Report on the working of the Ranchi Indian Mental Hospital, Kanke, in Bihar and Orissa - 1930-1940
Year: 1930
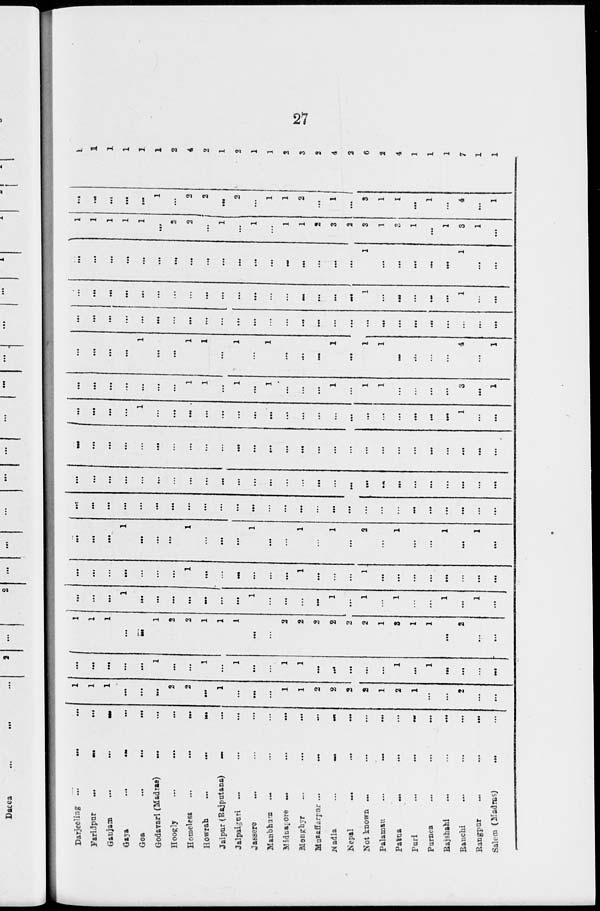
27
Darjeeling ...
...
...
Faridpur
...
...
...
Ganjam
...
...
...
Gaya
...
... ...
Goa
...
...
...
Godavari (Madras) ... ...
Hoogly ... ... ...
Homeless
...
...
...
Howrah
...
...
...
Jaipur (Rajputana) ... ...
Jalpaiguri ... ... ...
Jassere ... ... ...
Manbhum ... ... ...
Midnapore ...
...
...
Monghyr
...
...
...
Muzaffarpur
...
...
...
Nadla
...
...
...
Nepal
...
...
...
Not known ... ... ...
Palamau
...
...
...
Patna
... ... ...
Puri
...
...
...
Purnea ... ... ...
Rajshahi
...
...
...
Ranchi ... ... ...
Rangpur
...
...
...
Salem (Madras) ... ...
1
1
1
...
...
...
2
2
...
1
...
...
...
1
1
2
2
2
2
1
2
1
...
...
2
...
...
...
...
...
...
...
1
...
...
1
...
1
...
...
1
1
...
...
...
...
...
1
...
1
...
...
...
...
1
1
1
...
...
1
2
2
1
1
1
...
...
2
2
2
2
2
2
1
3
1
1
...
2
...
...
... ...
...
1
...
...
...
...
...
...
...
1
...
...
...
...
1
...
1
...
1
...
...
1
...
1
...
... ...
...
...
...
...
...
1
...
...
...
...
...
...
1
...
...
...
1
...
...
...
...
...
...
...
...
...
...
...
1
...
...
...
1
...
...
...
1
...
...
1
...
1
...
2
...
1
...
...
1
...
1
...
... ...
...
...
...
...
...
...
...
...
...
...
...
...
...
...
...
...
...
...
...
...
...
...
...
...
...
...
...
...
...
...
...
...
...
...
...
...
...
...
...
...
...
...
...
...
...
...
...
...
...
...
...
...
...
...
...
...
...
...
...
...
...
...
...
...
...
...
...
...
...
...
...
...
...
...
...
...
...
...
...
... ...
...
...
1
...
...
...
...
...
...
...
...
...
...
...
...
...
...
...
...
...
...
...
1
...
...
...
...
...
...
...
...
...
1
1
...
1
...
1
...
...
...
1
...
1
1
...
...
...
...
3
...
1
...
...
...
...
1
...
...
1
1
...
1
...
1
...
...
...
1
...
1
1
...
...
...
...
4
...
1
...
...
...
...
...
...
...
...
...
...
...
...
...
...
...
...
...
...
...
...
...
...
...
...
...
...
...
...
...
...
...
...
...
...
...
...
...
...
...
...
...
...
...
...
...
1
...
...
...
...
...
1
...
...
...
...
...
...
...
...
...
...
...
...
...
...
...
...
...
...
...
...
1
...
...
...
...
...
1
...
...
1
1
1
1
1
...
2
2
...
1
...
1
...
1
1
2
3
2
3
1
3
1
...
1
3
1
...
...
...
...
...
...
1
...
2
2
...
2
...
1
1
2
...
1
...
3
1
1
...
1
...
4
...
1
1
1
1
1
1
1
2
4
2
1
2
1
1
2
3
2
4
2
6
2
4
1
1
1
7
1
1